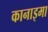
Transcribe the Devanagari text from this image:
कानाइमा